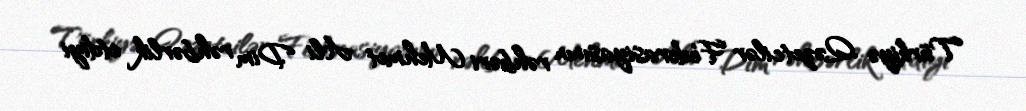
Türkiyə Qəzetcilər Federasiyasının rəhbəri Mehmet Ali Dim rəhbərlik etdiyi